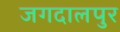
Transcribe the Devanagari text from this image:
जगदालपुर